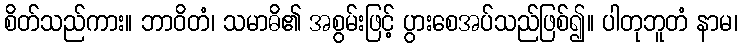
စိတ်သည်ကား။ ဘာဝိတံ၊ သမာဓိ၏ အစွမ်းဖြင့် ပွားစေအပ်သည်ဖြစ်၍။ ပါတုဘူတံ နာမ၊